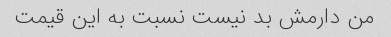
من دارمش بد نیست نسبت به این قیمت